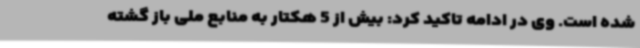
شده است. وی در ادامه تاکید کرد: بیش از 5 هکتار به منابع ملی باز گشته